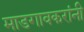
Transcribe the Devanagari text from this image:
माडगावकरांनी